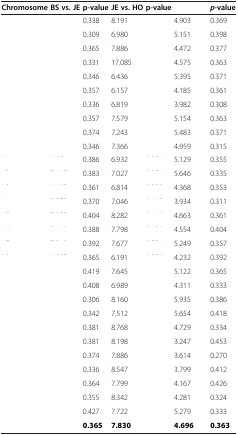
<table><thead><tr><td><b>Chromosome</b></td><td><b>BS vs. JE</b></td><td><b>p-value</b></td><td><b>JE vs. HO</b></td><td><b>p-value</b></td><td>[EMPTY_CELL]</td><td><b><i>p</i>-value</b></td></tr></thead><tbody><tr><td>[EMPTY_CELL]</td><td>[EMPTY_CELL]</td><td>0.338</td><td>8.191</td><td>[EMPTY_CELL]</td><td>4.903</td><td>0.369</td></tr><tr><td>[EMPTY_CELL]</td><td>[EMPTY_CELL]</td><td>0.309</td><td>6.980</td><td>[EMPTY_CELL]</td><td>5.151</td><td>0.398</td></tr><tr><td>[EMPTY_CELL]</td><td>[EMPTY_CELL]</td><td>0.365</td><td>7.886</td><td>[EMPTY_CELL]</td><td>4.472</td><td>0.377</td></tr><tr><td>[EMPTY_CELL]</td><td>[EMPTY_CELL]</td><td>0.331</td><td>17.085</td><td>[EMPTY_CELL]</td><td>4.575</td><td>0.363</td></tr><tr><td>[EMPTY_CELL]</td><td>[EMPTY_CELL]</td><td>0.346</td><td>6.436</td><td>[EMPTY_CELL]</td><td>5.395</td><td>0.371</td></tr><tr><td>[EMPTY_CELL]</td><td>[EMPTY_CELL]</td><td>0.357</td><td>6.157</td><td>[EMPTY_CELL]</td><td>4.185</td><td>0.361</td></tr><tr><td>[EMPTY_CELL]</td><td>[EMPTY_CELL]</td><td>0.336</td><td>6.819</td><td>[EMPTY_CELL]</td><td>3.982</td><td>0.308</td></tr><tr><td>[EMPTY_CELL]</td><td>[EMPTY_CELL]</td><td>0.357</td><td>7.579</td><td>[EMPTY_CELL]</td><td>5.154</td><td>0.363</td></tr><tr><td>[EMPTY_CELL]</td><td>[EMPTY_CELL]</td><td>0.374</td><td>7.243</td><td>[EMPTY_CELL]</td><td>5.483</td><td>0.371</td></tr><tr><td>[EMPTY_CELL]</td><td>[EMPTY_CELL]</td><td>0.346</td><td>7.366</td><td>[EMPTY_CELL]</td><td>4.959</td><td>0.315</td></tr><tr><td>[EMPTY_CELL]</td><td>[EMPTY_CELL]</td><td>0.386</td><td>6.932</td><td>[EMPTY_CELL]</td><td>5.129</td><td>0.355</td></tr><tr><td>[EMPTY_CELL]</td><td>[EMPTY_CELL]</td><td>0.383</td><td>7.027</td><td>[EMPTY_CELL]</td><td>5.646</td><td>0.335</td></tr><tr><td>[EMPTY_CELL]</td><td>[EMPTY_CELL]</td><td>0.361</td><td>6.814</td><td>[EMPTY_CELL]</td><td>4.368</td><td>0.353</td></tr><tr><td>[EMPTY_CELL]</td><td>[EMPTY_CELL]</td><td>0.370</td><td>7.046</td><td>[EMPTY_CELL]</td><td>3.934</td><td>0.311</td></tr><tr><td>[EMPTY_CELL]</td><td>[EMPTY_CELL]</td><td>0.404</td><td>8.282</td><td>[EMPTY_CELL]</td><td>4.663</td><td>0.361</td></tr><tr><td>[EMPTY_CELL]</td><td>[EMPTY_CELL]</td><td>0.388</td><td>7.798</td><td>[EMPTY_CELL]</td><td>4.554</td><td>0.404</td></tr><tr><td>[EMPTY_CELL]</td><td>[EMPTY_CELL]</td><td>0.392</td><td>7.677</td><td>[EMPTY_CELL]</td><td>5.249</td><td>0.357</td></tr><tr><td>[EMPTY_CELL]</td><td>[EMPTY_CELL]</td><td>0.365</td><td>6.191</td><td>[EMPTY_CELL]</td><td>4.232</td><td>0.392</td></tr><tr><td>[EMPTY_CELL]</td><td>[EMPTY_CELL]</td><td>0.419</td><td>7.645</td><td>[EMPTY_CELL]</td><td>5.122</td><td>0.365</td></tr><tr><td>[EMPTY_CELL]</td><td>[EMPTY_CELL]</td><td>0.408</td><td>6.989</td><td>[EMPTY_CELL]</td><td>4.311</td><td>0.333</td></tr><tr><td>[EMPTY_CELL]</td><td>[EMPTY_CELL]</td><td>0.306</td><td>8.160</td><td>[EMPTY_CELL]</td><td>5.935</td><td>0.386</td></tr><tr><td>[EMPTY_CELL]</td><td>[EMPTY_CELL]</td><td>0.342</td><td>7.512</td><td>[EMPTY_CELL]</td><td>5.654</td><td>0.418</td></tr><tr><td>[EMPTY_CELL]</td><td>[EMPTY_CELL]</td><td>0.381</td><td>8.768</td><td>[EMPTY_CELL]</td><td>4.729</td><td>0.334</td></tr><tr><td>[EMPTY_CELL]</td><td>[EMPTY_CELL]</td><td>0.381</td><td>8.198</td><td>[EMPTY_CELL]</td><td>3.247</td><td>0.453</td></tr><tr><td>[EMPTY_CELL]</td><td>[EMPTY_CELL]</td><td>0.374</td><td>7.886</td><td>[EMPTY_CELL]</td><td>3.614</td><td>0.270</td></tr><tr><td>[EMPTY_CELL]</td><td>[EMPTY_CELL]</td><td>0.336</td><td>8.547</td><td>[EMPTY_CELL]</td><td>3.799</td><td>0.412</td></tr><tr><td>[EMPTY_CELL]</td><td>[EMPTY_CELL]</td><td>0.364</td><td>7.799</td><td>[EMPTY_CELL]</td><td>4.167</td><td>0.426</td></tr><tr><td>[EMPTY_CELL]</td><td>[EMPTY_CELL]</td><td>0.355</td><td>8.342</td><td>[EMPTY_CELL]</td><td>4.281</td><td>0.324</td></tr><tr><td>[EMPTY_CELL]</td><td>[EMPTY_CELL]</td><td>0.427</td><td>7.722</td><td>[EMPTY_CELL]</td><td>5.279</td><td>0.333</td></tr><tr><td>[EMPTY_CELL]</td><td>[EMPTY_CELL]</td><td><b>0.365</b></td><td><b>7.830</b></td><td>[EMPTY_CELL]</td><td><b>4.696</b></td><td><b>0.363</b></td></tr></tbody></table>